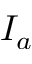
I _ { a }